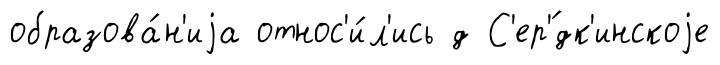
образова́н'иjа относ'и́л'ись д С'ер'́дк'инскоjе